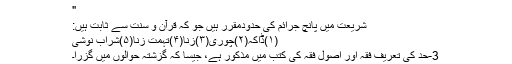
"
شریعت میں پانچ جرائم کی حدودمقرر ہیں جو کہ قرآن و سنت سے ثابت ہیں:
(۱)ڈاکہ(۲)چوری(۳)زنا(۴)تہمت زنا(۵)شراب نوشی
3-حد کی تعریف فقہ اور اصولِ فقہ کی کتب میں مذکور ہے، جیسا کہ گزشتہ حوالوں میں گزرا۔